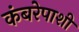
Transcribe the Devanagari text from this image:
कंबरेपाशी